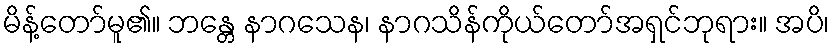
မိန့်တော်မူ၏။ ဘန္တေ နာဂသေန၊ နာဂသိန်ကိုယ်တော်အရှင်ဘုရား။ အပိ၊